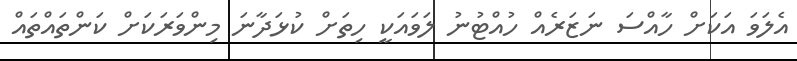
އެލަވަ އަކަށް ހާއްސަ ނަޒަރެއް ހުއްޓުނު ލަވައަކީ ހިތަށް ކުޅަދާނަ މިންވަރަކަށް ކަންތައްތައް